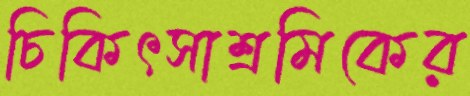
চিকিৎসাশ্রমিকের